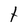
Character: t